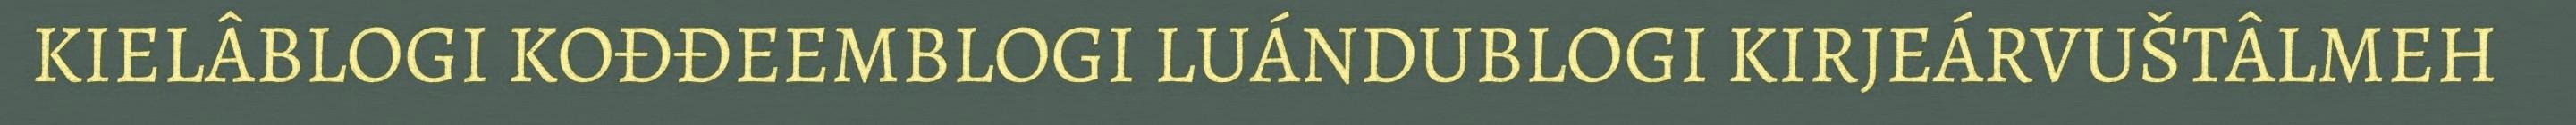
KIELÂBLOGI KOĐĐEEMBLOGI LUÁNDUBLOGI KIRJEÁRVUŠTÂLMEH